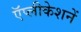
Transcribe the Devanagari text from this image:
ऍप्लीकेशनें